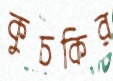
কুচকির